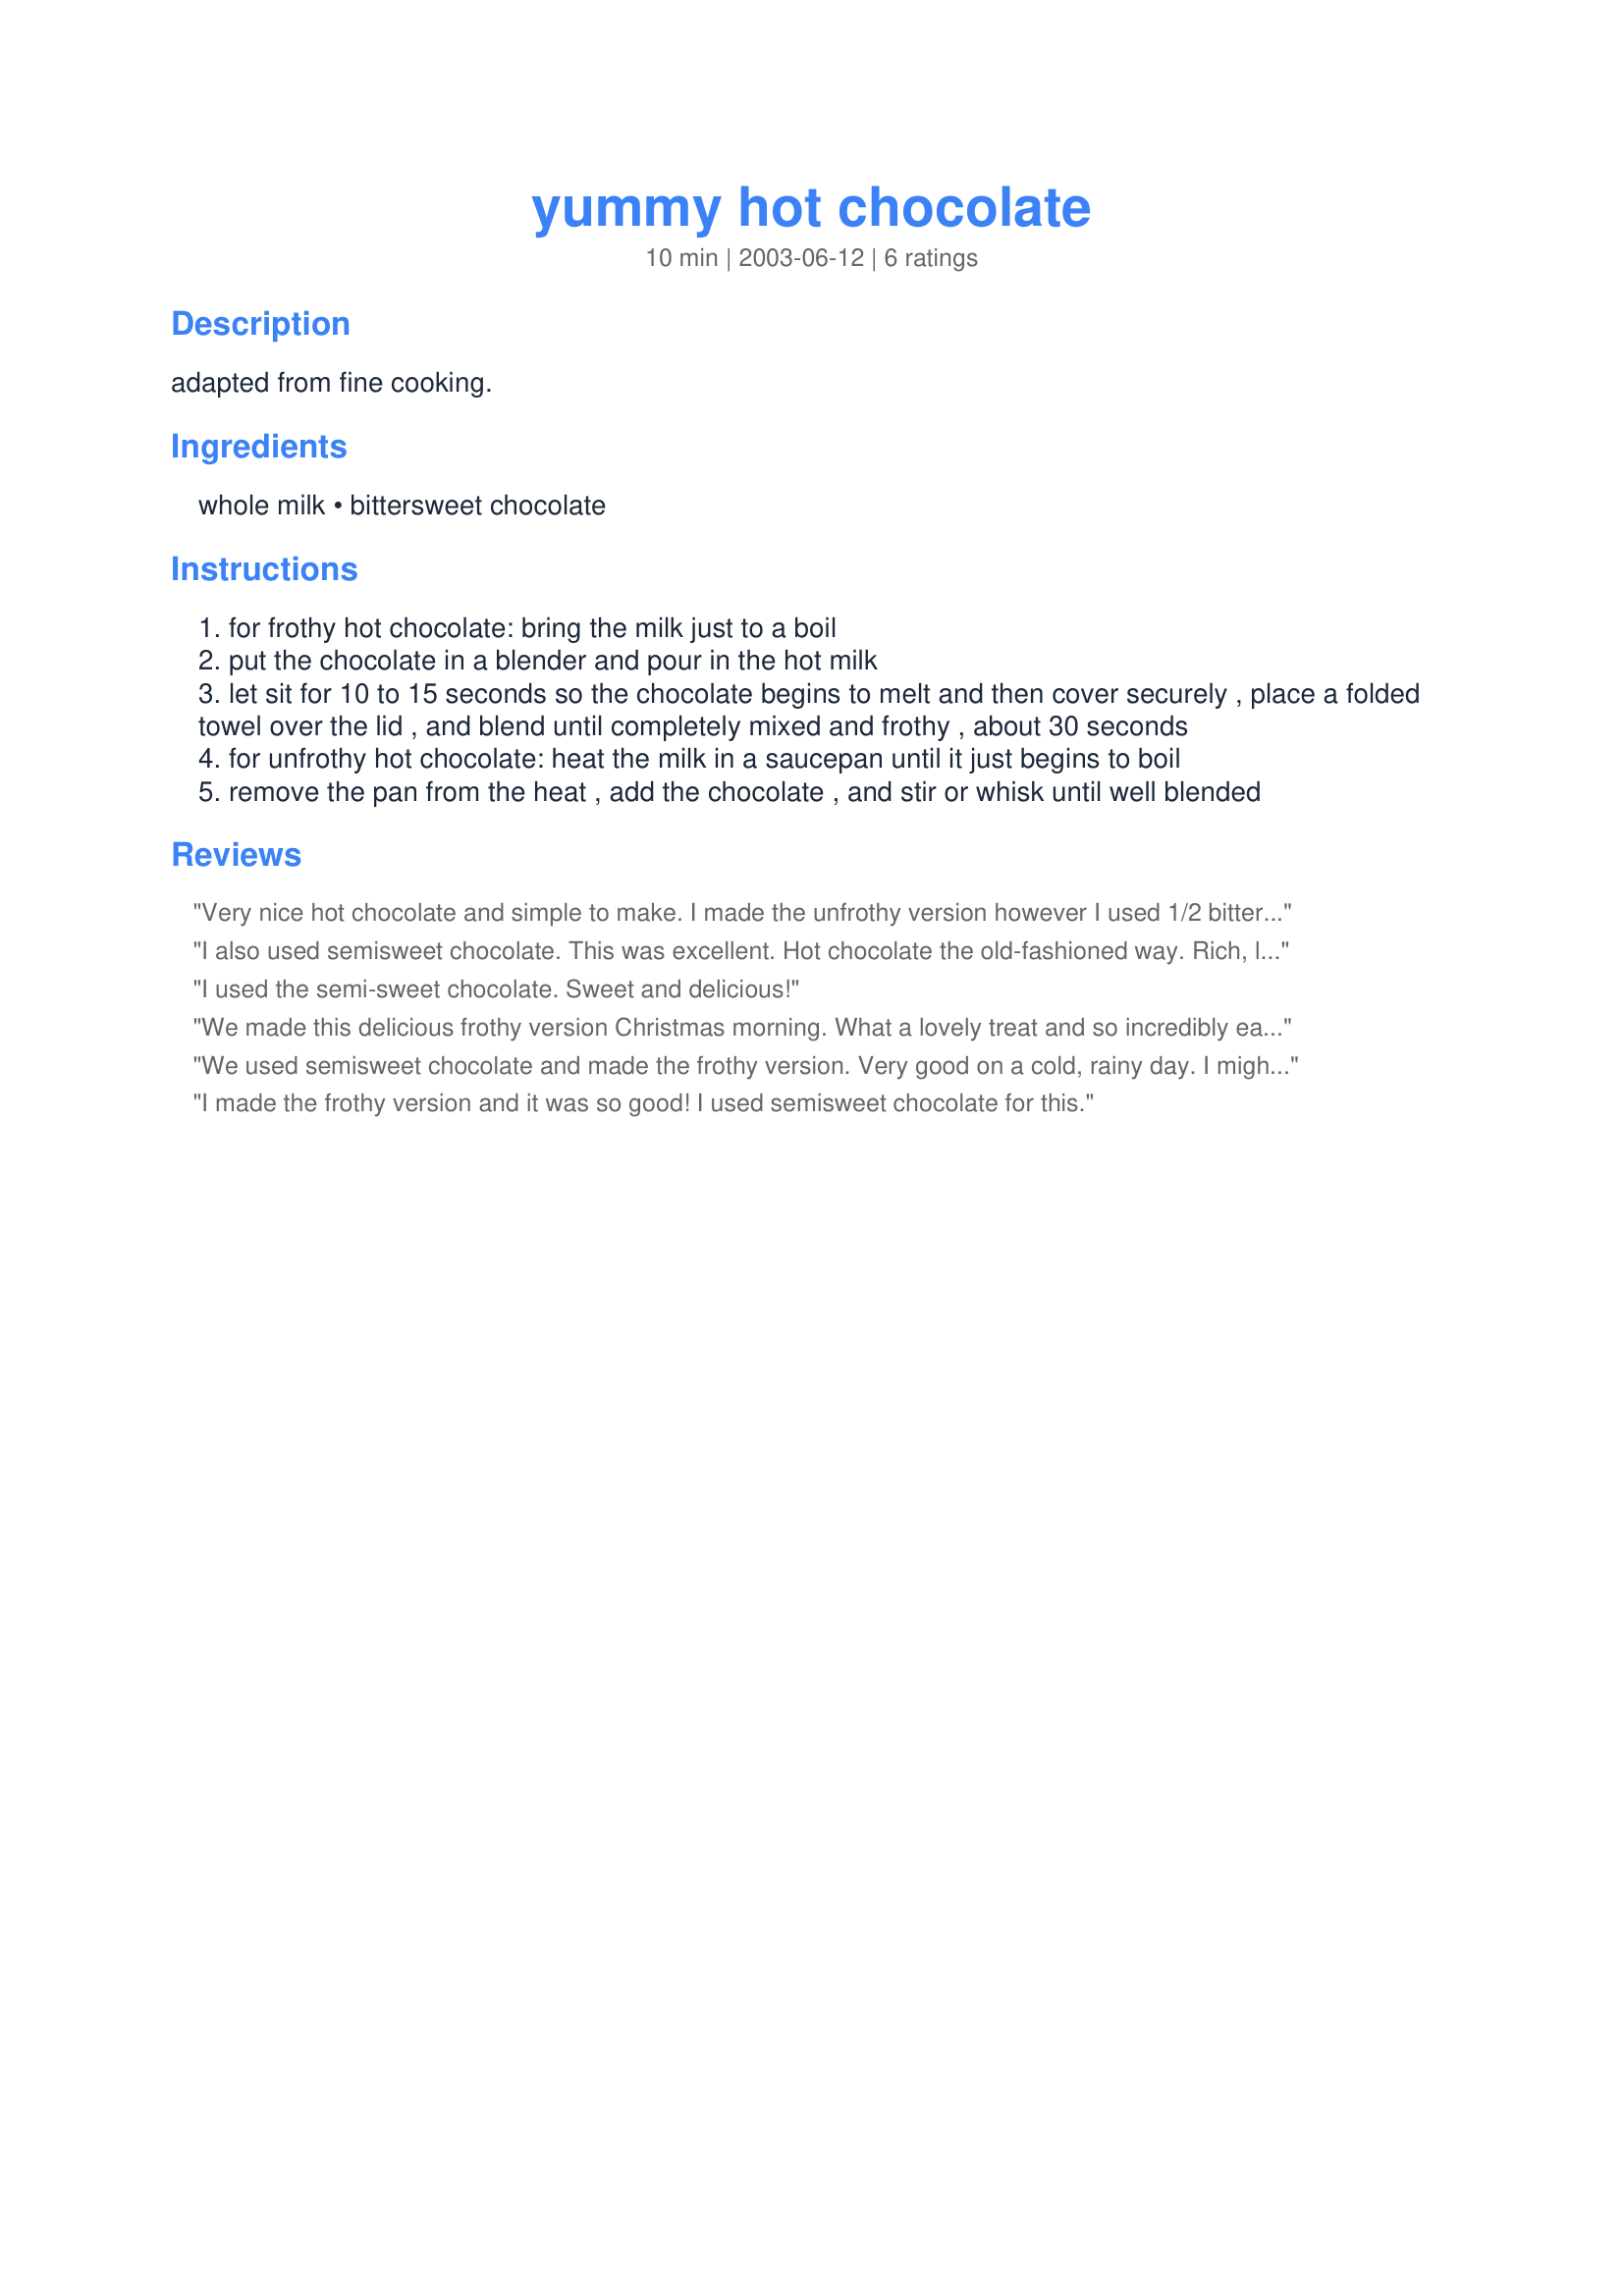
yummy hot chocolate
Preparation time: 10 minutes

adapted from fine cooking.

Ingredients:
whole milk, bittersweet chocolate

Steps:
for frothy hot chocolate: bring the milk just to a boil
put the chocolate in a blender and pour in the hot milk
let sit for 10 to 15 seconds so the chocolate begins to melt and then cover securely , place a folded towel over the lid , and blend until completely mixed and frothy , about 30 seconds
for unfrothy hot chocolate: heat the milk in a saucepan until it just begins to boil
remove the pan from the heat , add the chocolate , and stir or whisk until well blended

Reviews:
Very nice hot chocolate and simple to make. I made the unfrothy version however I used 1/2 bitter sweet chocolate and 1/2 mint chocolate chips as that is what I had in the pantry. This will be a nice recipe to keep on hand for when the kids come in from playing in the snow :) Thanks Kimke for sharing your recipe.
I also used semisweet chocolate. This was excellent. Hot chocolate the old-fashioned way. Rich, lovely chocolate flavor and heart-warming. Thanks for a blast from the past.
I used the semi-sweet chocolate. Sweet and delicious!
We made this delicious frothy version Christmas morning. What a lovely treat and so incredibly easy. This will not be the last time this is made for this family. Thanks for sharing your recipe.
We used semisweet chocolate and made the frothy version. Very good on a cold, rainy day. I might also try using mint chips like another reviewer did. Sounds good too! Made for PARTY holiday event 2009.
I made the frothy version and it was so good! I used semisweet chocolate for this.
